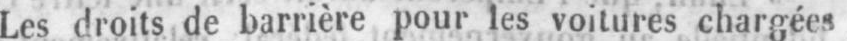
Les droits de barrière pour les voitures chargées